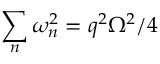
\sum _ { n } \omega _ { n } ^ { 2 } = q ^ { 2 } \Omega ^ { 2 } / 4